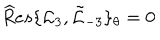
{ \widehat R e s } \{ { \mathcal L } _ { 3 } , \tilde { \mathcal L } _ { - 3 } \} _ { \theta } = 0